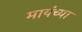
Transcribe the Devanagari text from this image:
मायंच्या